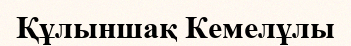
Құлыншақ Кемелұлы